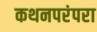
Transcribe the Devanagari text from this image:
कथनपरंपरा